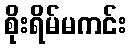
စိုးရိမ်မကင်း